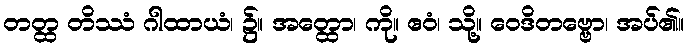
တတ္ထ တိဿံ ဂါထာယံ၊ ၌။ အတ္ထော၊ ကို။ ဧဝံ၊ သို့။ ဝေဒိတဗ္ဗော၊ အပ်၏။